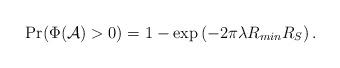
LaTeX: \begin{align*} \Pr(\Phi(\mathcal{A})>0)=1-\exp\left(-2\pi\lambda R_{min}R_S \right).\end{align*}